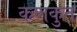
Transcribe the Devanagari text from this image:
कणकुत